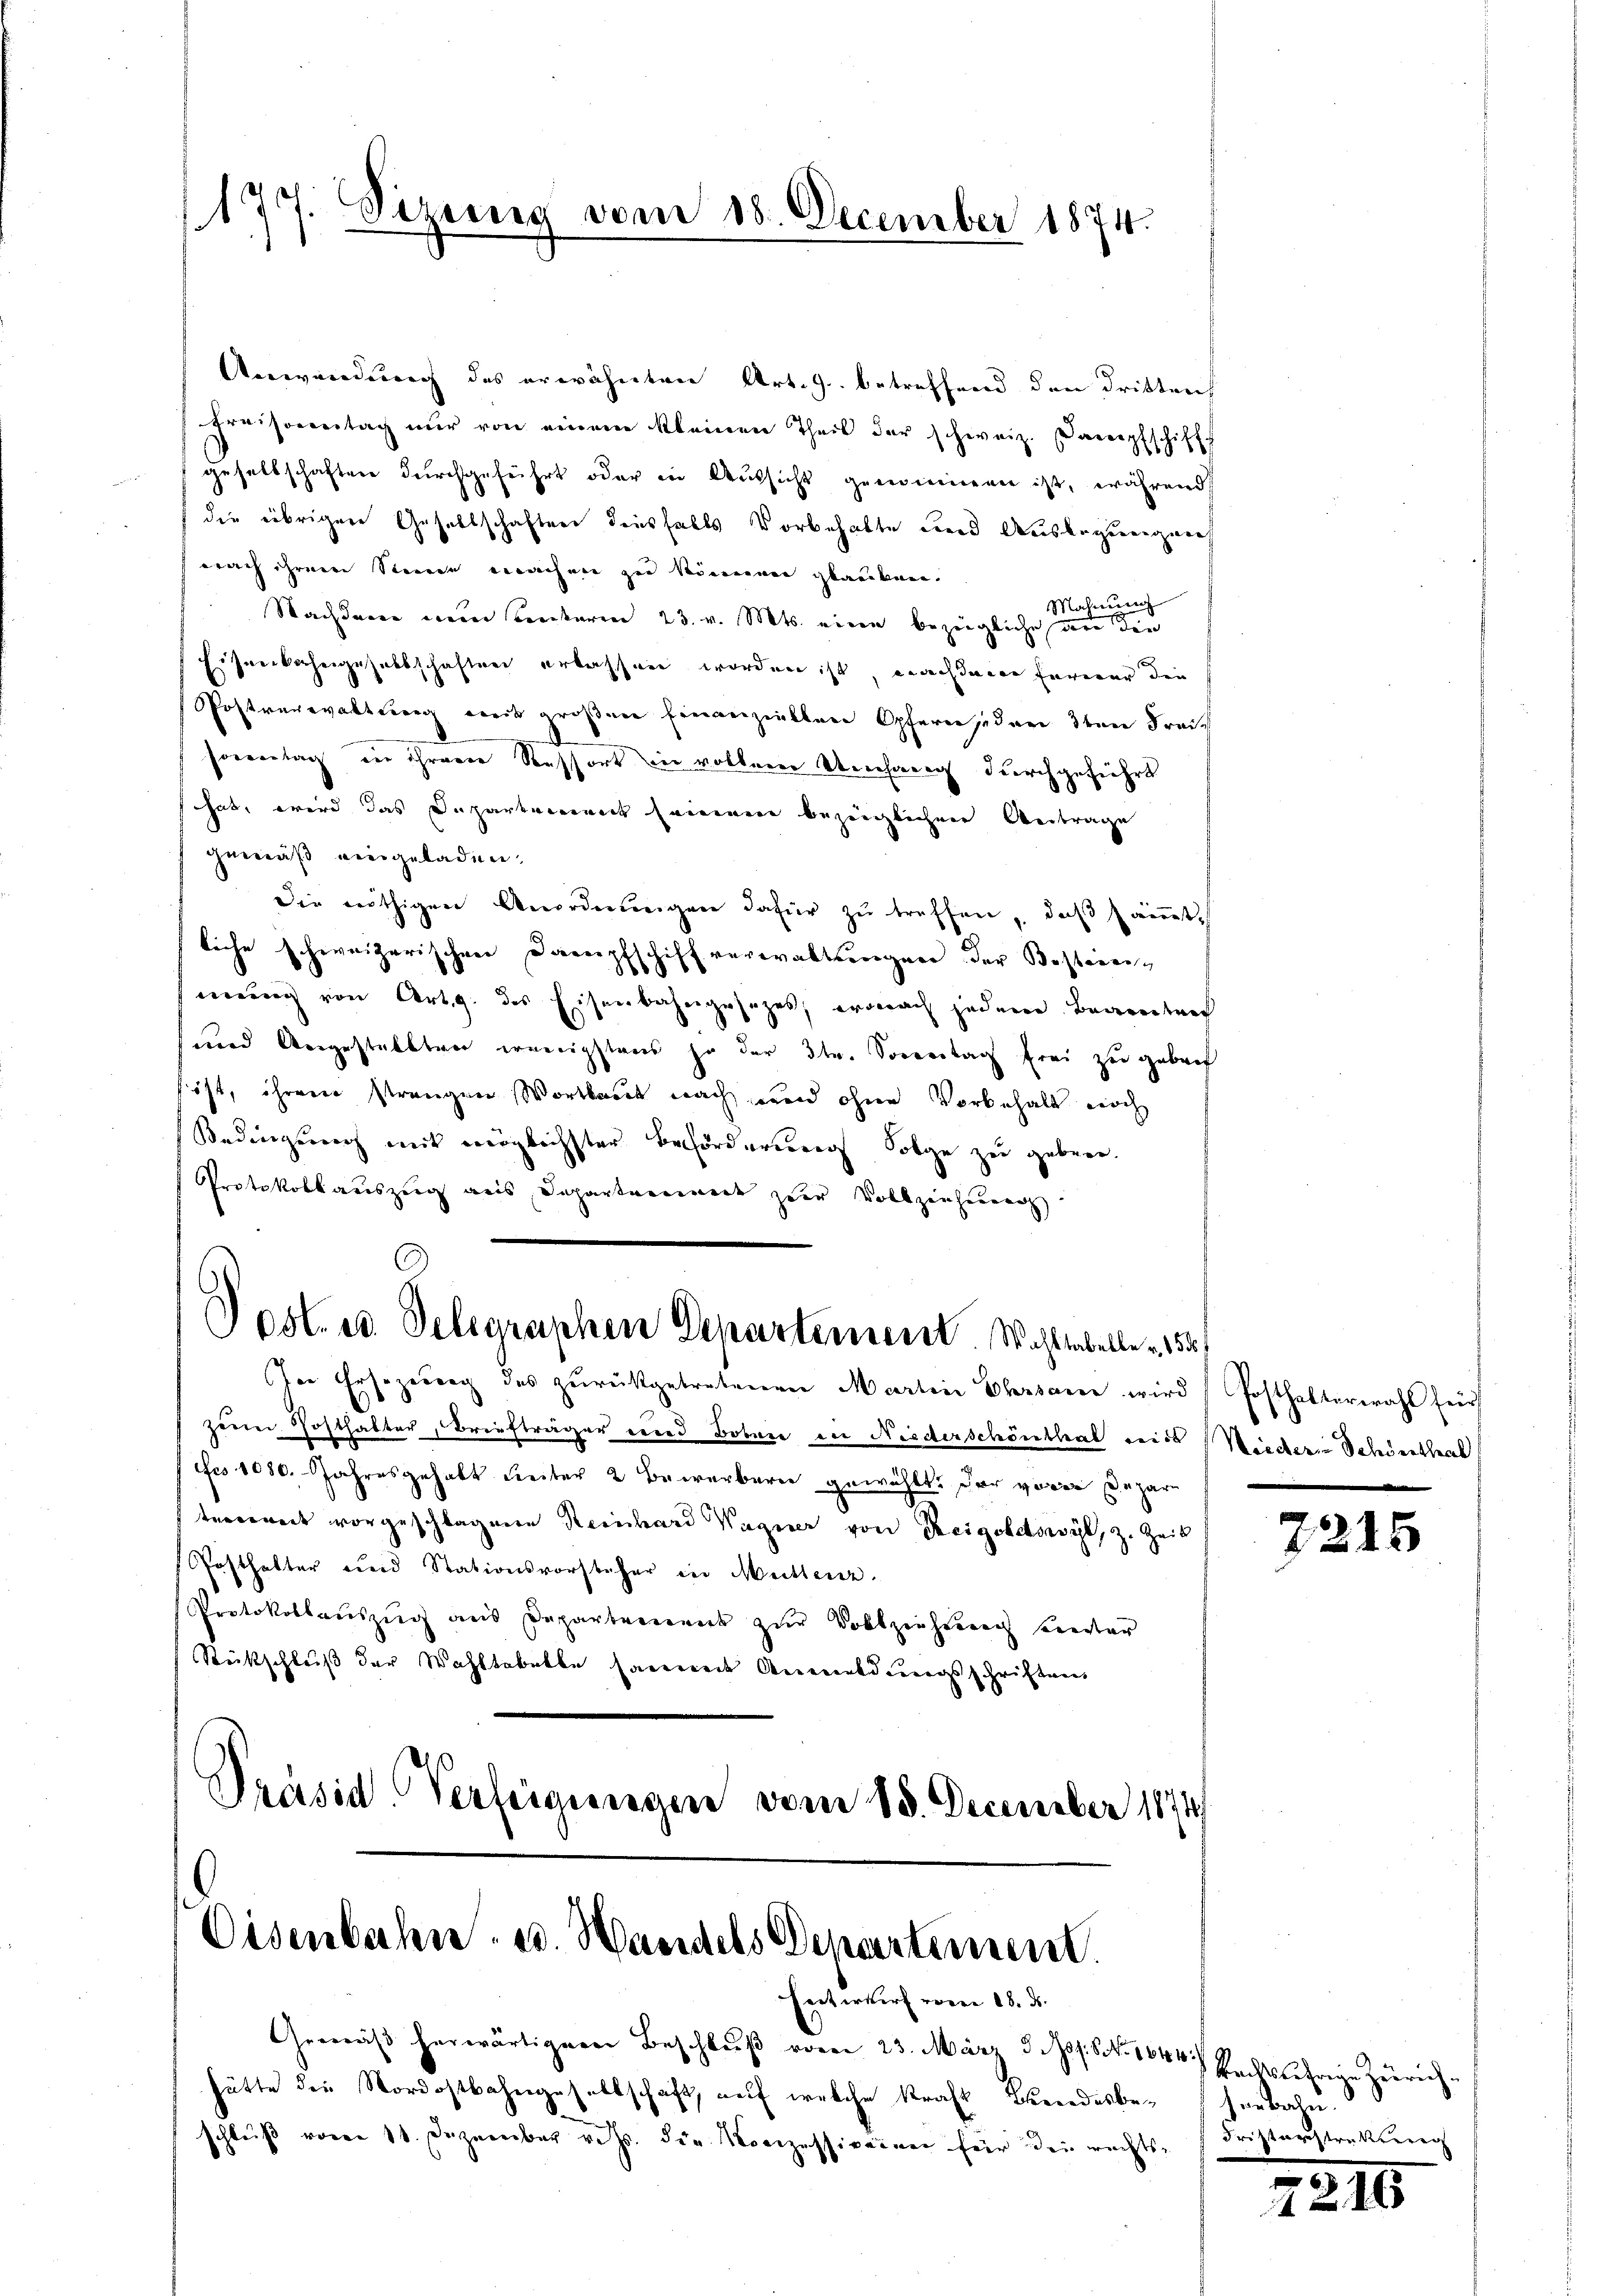
177. Sezung vom 18. December 1874.

Anwendung des erwähnten Art. J. betreffend den dritten
Preisonntag nur von einem kleinen Theil der schweiz. Dampfschiffs
gesellschaften durchgeführt oder in Aussicht genommen ist, während
die übriger Gesellschaften densfalls Vorbehalte und Auslegeeignen
nach ihrem Steinde machnen zu könnenen glauben.
n
Mahn
Nachdene nein unterm 23. v. Mts. eine bezügliche an die
Eisenbahngesellschaften erlassen worden ist, nachdener ferner die
Postverwaltung weit großen Einanziellen Opfern jeden 3ten Frei
soweitag in ihrere Ressort in vollem Umfang durchgeführt
hat, wird das Departement seien bezinglichen Antrage
gemäß eingeladen.
die nöthigen Anordnŭngen dafür zŭ treffen, daß sämt-
liche schweizerischen Dampfschiff verwaltungen der Besteinimung von Art. des Eisenbahngesetzes, wonach jedem Beantref
und Angestalten wenigstens so der die Soweitag frei zu gebroc
löst, ihrem strengen Wortlaut nach und ohne Vorbehalt noch
Bedingung mit möglichster Beförderung Folge zu geben.
Protokollauszug aus Departanement zur Vollzeichnungs

Post. u. Delegraphen Departement. Wohltabelle u. 155

In Ersezung des zŭrückgetretenen Martin Ehrsame wird (Posthalterwahl für
zeue Posthalter, Briefträger und Bobare in Niederschönthal mit Wieder Sendenthal
Fes 1080. Jahresgehalt Leiter 2 Bewerberei gewählt, der vor Depar
terrenant vorgeschlagene Reinhard Wagner von Ereigoldswyl, z. Zeit
Posthalter und Stationsvorsteher in Müllenz
Protokollauszug aus Departement zur Vollziehung seiter
Rückschluß der Wahltabelbe sammen Anmeldungsschriften
Präsid. Verfügungen vom 18. December 1874/

Eisenbahn- u. Handels Departement.
Entwurf vom 18. ds.

Gemäβ herwärtigere Beschlŭβ vom 23. März d. Js. S. 1644.
hätte die Nordostbahngesellschaft, auf welche Kraft Brendesbeschluß vom 11. Dezember v. Js. die Konzessiveinen für die rechts¬

7216

kacksjährige Zürichd
seebahn.
Fristerstreckung

2216